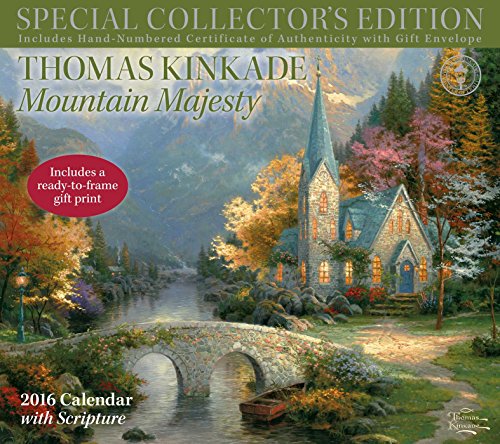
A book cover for Thomas Kinkade Special Collector's Edition with Scripture 2016 Deluxe Wall Calen: Mountain Majesty; Thomas Kinkade; Calendars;